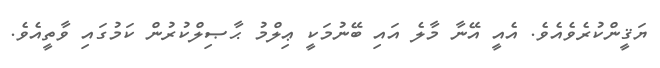
ޔަޤީންކުރެވެއެވެ. އެއީ އޭނާ މާލެ އައި ބޭނުމަކީ ޢިލްމު ޙާޞިލްކުރުން ކަމުގައި ވާތީއެވެ.